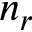
n _ { r }